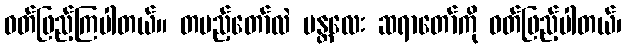
ဝတ်ဖြည့်ကြပါတယ်။ တပည့်တော်လဲ မန္တလေး ဆရာတော်ကို ဝတ်ဖြည့်ပါတယ်၊